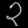
Digit: ၃